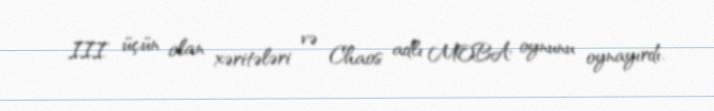
III üçün olan xəritələri və Chaos adlı MOBA oynunu oynayırdı.